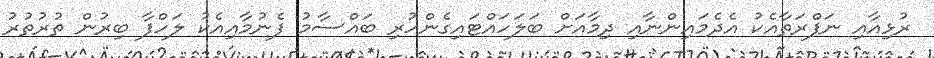
ރުޅިއާއި ނަފްރަތާއެކު އެދެމައިންނާއި ދިމާއަށް ބަލަހައްޓައިގެންހުރި ބައްސާމު ފެނުމާއިއެކު ލަހްފާ ބިރުން ތުރުތުރު